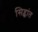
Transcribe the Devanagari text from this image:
सिद्द्धांत